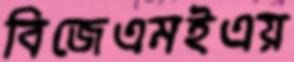
বিজেএমইএয়